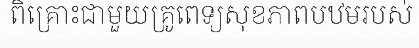
ពិគ្រោះជាមួយគ្រូពេទ្យសុខភាពបឋមរបស់